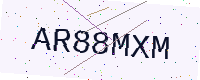
Text: AR88MXM